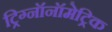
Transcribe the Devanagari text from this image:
ट्रिग्नॉनॉमेट्रिक